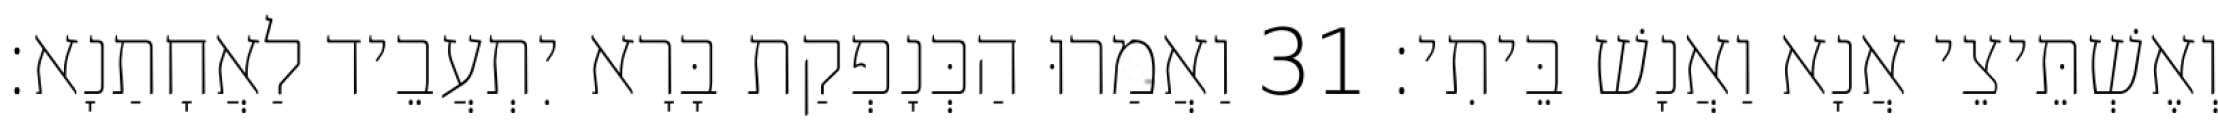
וְאֶשְׁתֵּיצֵי אֲנָא וַאֲנָשׁ בֵּיתִי׃ 31 וַאֲמַרוּ הַכְּנָפְקַת בָּרָא יִתְעֲבֵיד לַאֲחָתַנָא׃